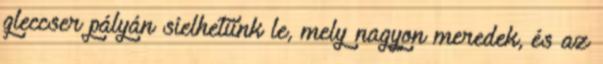
gleccser pályán síelhetünk le, mely nagyon meredek, és az